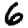
Digit: 6